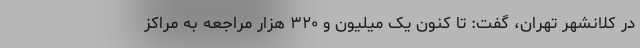
در کلانشهر تهران، گفت: تا کنون یک میلیون و ۳۲۰ هزار مراجعه به مراکز